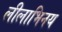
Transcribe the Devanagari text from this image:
लीलाभिनय